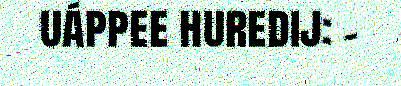
uáppee huredij: -